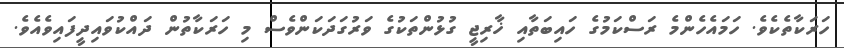
ހަރަކާތެކެވެ. ހަމައެހެންމެ ރަސްކަމުގެ ހައިބަތާއި ޚާރިޖީ ގުޅުންތަކުގެ ވަރުގަދަކަންވެސް މި ހަރަކާތުން ދައްކުވައިދީފައިވެއެވެ.